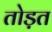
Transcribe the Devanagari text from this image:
तोड़त